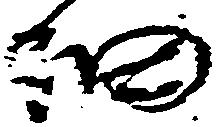
細